Plague in India, 1896, 1897 - Volume 1
Year: 1896
Disease focus: Plague
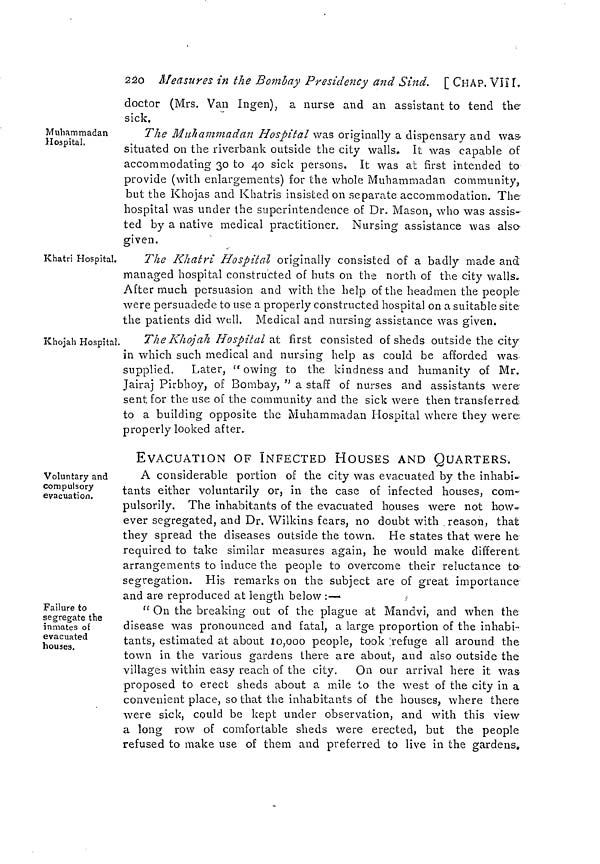
220 Measures in the Bombay Presidency and Sind. [CHAP. VIII.
doctor (Mrs. Van Ingen), a nurse and an assistant to tend the
sick.
Muhammadan
Hospital.
The Muhammadan Hospital was originally a dispensary and was-
situated on the riverbank outside the city walls. It was capable of
accommodating 30 to 40 sick persons. It was at first intended to
provide (with enlargements) for the whole Muhammadan community,
but the Khojas and Khatris insisted on separate accommodation. The
hospital was under the superintendence of Dr. Mason, who was assis-
ted by a native medical practitioner. Nursing assistance was also-
given.
Khatri Hospital.
The Khatri Hospital originally consisted of a badly made and
managed hospital constructed of huts on the north of the city walls.
After much persuasion and with the help of the headmen the people
were persuadede to use a properly constructed hospital on a suitable site
the patients did well. Medical and nursing assistance was given.
Khojah Hospital.
The Khojah Hospital at first consisted of sheds outside the city
in which such medical and nursing help as could be afforded was
supplied. Later, " owing to the kindness and humanity of Mr.
Jairaj Pirbhoy, of Bombay, " a staff of nurses and assistants were-
sent for the use of the community and the sick were then transferred
to a building opposite the Muhammadan Hospital where they were
properly looked after.
EVACUATION OF INFECTED HOUSES AND QUARTERS.
Voluntary and
compulsory
evacuation.
A considerable portion of the city was evacuated by the inhabi-
tants either voluntarily or, in the case of infected houses, com-
pulsorily. The inhabitants of the evacuated houses were not how-
ever segregated, and Dr. Wilkins fears, no doubt with reason, that
they spread the diseases outside the town. He states that were he
required to take similar measures again, he would make different
arrangements to induce the people to overcome their reluctance to
segregation. His remarks on the subject are of great importance
and are reproduced at length below :—
Failure to
segregate the
inmates of
evacuated
houses.
" On the breaking out of the plague at Mandvi, and when the
disease was pronounced and fatal, a large proportion of the inhabi-
tants, estimated at about 10,000 people, took refuge all around the
town in the various gardens there are about, and also outside the
villages within easy reach of the city. On our arrival here it was
proposed to erect sheds about a mile to the west of the city in a
convenient place, so that the inhabitants of the houses, where there
were sick, could be kept under observation, and with this view
a long row of comfortable sheds were erected, but the people
refused to make use of them and preferred to live in the gardens.